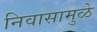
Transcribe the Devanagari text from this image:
निवासामुळे